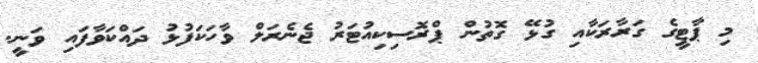
މި ޕާޓީގެ ގަރާރަކާއި ގުޅޭ ގޮތުން ޕްރޮސިކިއުޓަރު ޖެނެރަލް ވާހަކަފުޅު ދައްކަވާފައި ވަނީ.